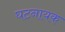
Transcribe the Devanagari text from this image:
घटनायक